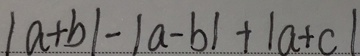
\vert a + b \vert - \vert a - b \vert + \vert a + c \vert